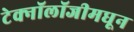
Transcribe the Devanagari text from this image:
टेक्‍नॉलॉजीमधून